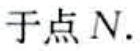
于点 \(N.\)